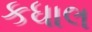
કધાલ